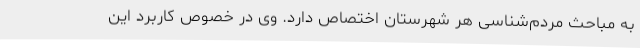
به مباحث مردم‌شناسی هر شهرستان اختصاص دارد. وی در خصوص کاربرد این‌